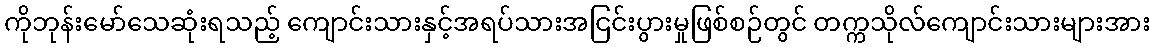
ကိုဘုန်းမော်သေဆုံးရသည့် ကျောင်းသားနှင့်အရပ်သားအငြင်းပွားမှုဖြစ်စဉ်တွင် တက္ကသိုလ်ကျောင်းသားများအား